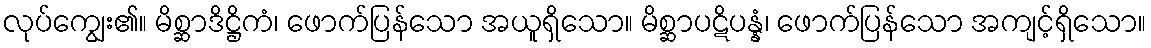
လုပ်ကျွေး၏။ မိစ္ဆာဒိဋ္ဌိကံ၊ ဖောက်ပြန်သော အယူရှိသော။ မိစ္ဆာပဋိပန္နံ၊ ဖောက်ပြန်သော အကျင့်ရှိသော။